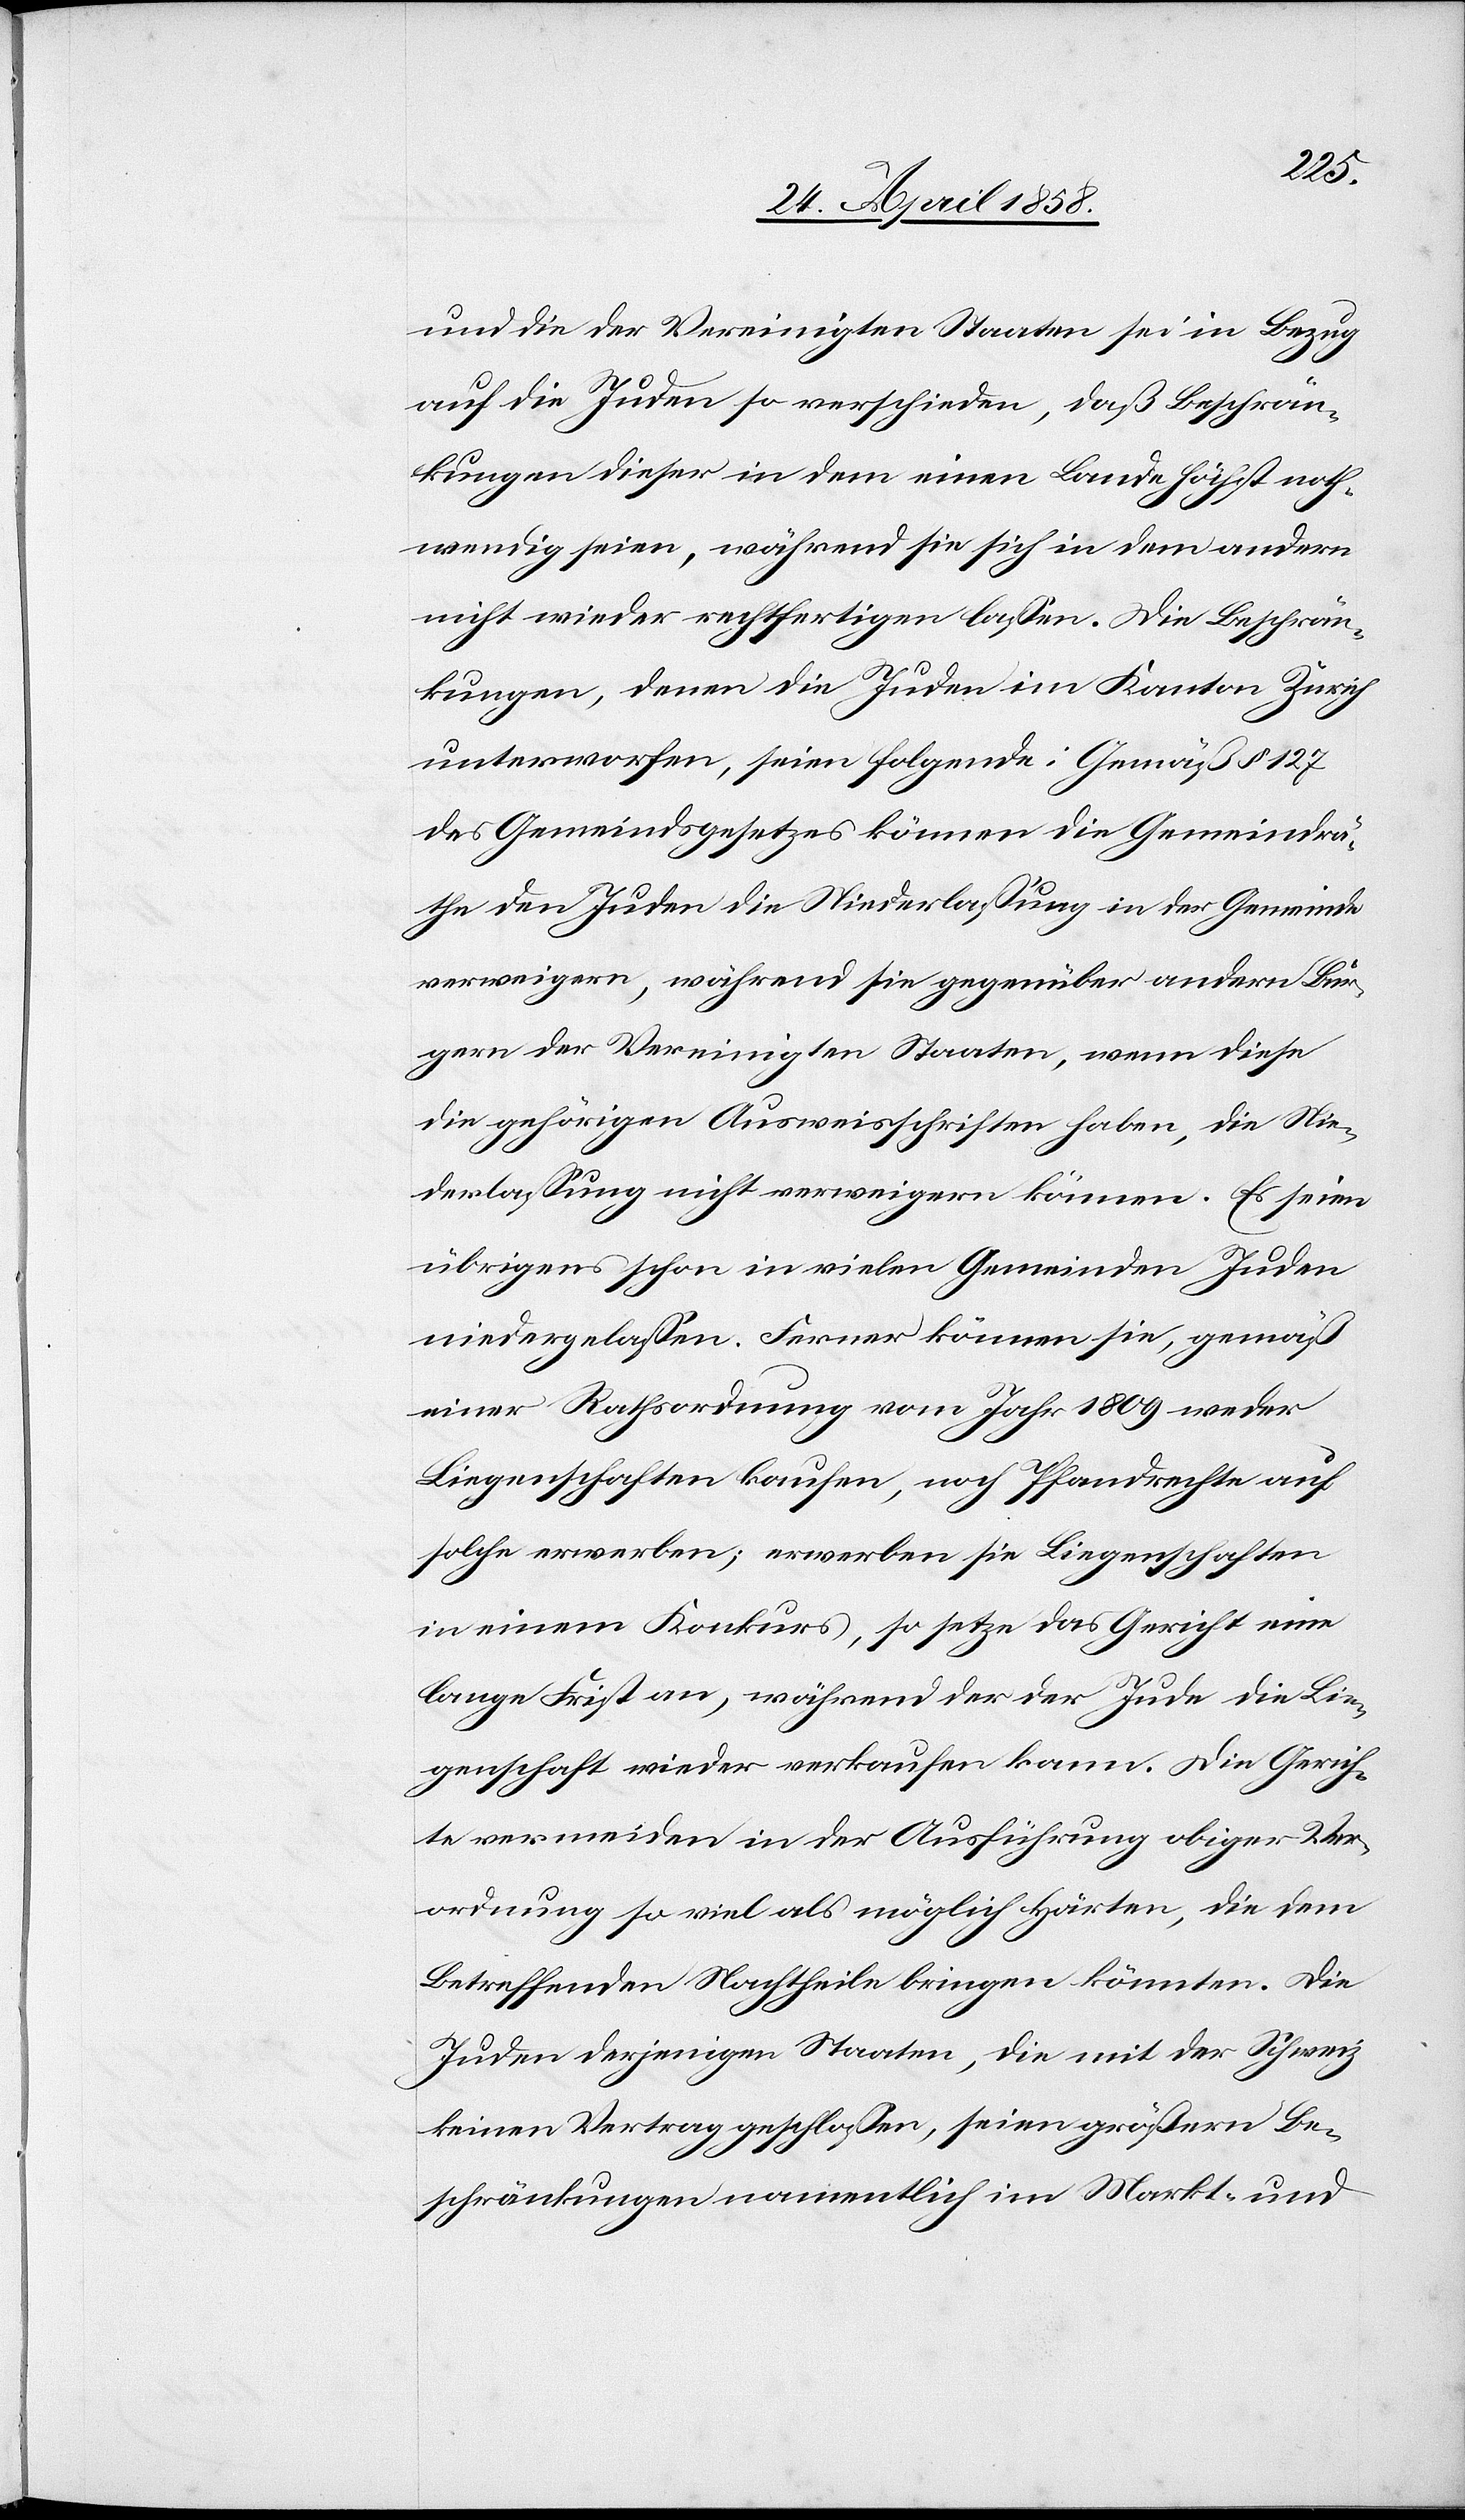
und die der Vereinigten Staaten sei in Bezug
auf die Juden so verschieden, daß Beschrän¬
kungen dieser in dem einen Lande höchst noth¬
wendig seien, während sie sich in dem andern
nicht wieder rechtfertigen lassen. Die Beschrän¬
kungen, denen die Juden im Kanton Zürich
unterworfen, seien folgende: Gemäß § 127
des Gemeindsgesetzes können die Gemeindrä¬
the den Juden die Niederlassung in der Gemeinde
verweigern, während sie gegenüber andern Bür¬
gern der Vereinigten Staaten, wenn diese
die gehörigen Ausweisschriften haben, die Nie¬
derlassung nicht verweigern können. Es seien
übrigens schon in vielen Gemeinden Juden
niedergelassen. Ferner können sie, gemäß
einer Rechtsordnung vom Jahr 1809 weder
Liegenschaften kaufen, noch Pfandrechte auf
solche erwerben; erwerben sie Liegenschaften
in einem Konkurs, so setze das Gericht eine
lange Frist an, während der der Juden die Lie¬
genschaft wieder verkaufen kann. Die Gerich¬
te vermeiden in der Ausführung obiger Ver¬
ordnung so viel als möglich Härten, die dem
Betreffenden Nachtheile bringen könnten. Die
Juden derjenigen Staate, die mit der Schweiz
keinen Vertrag geschlossen, seien größern Be¬
schränkungen namentlich im Markt- und